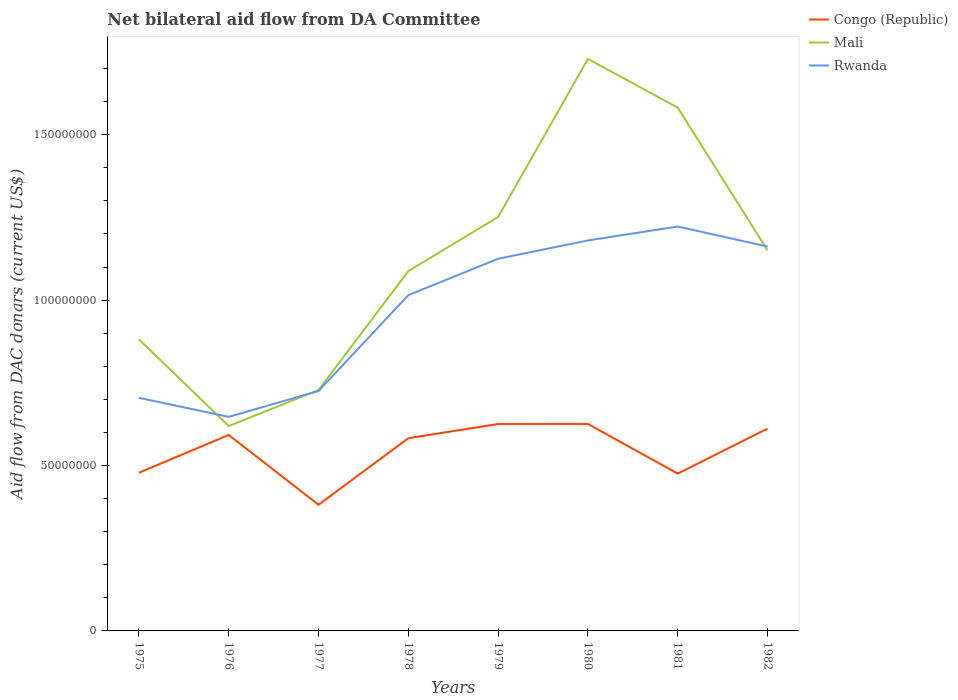
| Years | Congo (Republic) | Mali | Rwanda |
 | --- | --- | --- | --- |
 | 1975 | 4.78e+07 | 8.82e+07 | 7.05e+07 |
 | 1976 | 5.92e+07 | 6.19e+07 | 6.47e+07 |
 | 1977 | 3.81e+07 | 7.28e+07 | 7.25e+07 |
 | 1978 | 5.83e+07 | 1.09e+08 | 1.02e+08 |
 | 1979 | 6.26e+07 | 1.25e+08 | 1.12e+08 |
 | 1980 | 6.26e+07 | 1.73e+08 | 1.18e+08 |
 | 1981 | 4.76e+07 | 1.58e+08 | 1.22e+08 |
 | 1982 | 6.12e+07 | 1.15e+08 | 1.16e+08 |